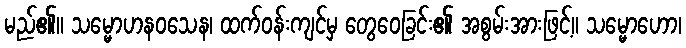
မည်၏။ သမ္မောဟနဝသေန၊ ထက်ဝန်းကျင်မှ တွေဝေခြင်း၏ အစွမ်းအားဖြင့်။ သမ္မောဟော၊